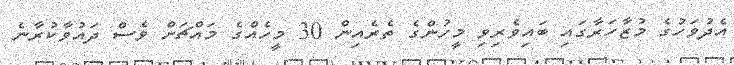
އެދުވަހުގެ މުޒާހަރާގައި ބައިވެރިވި މީހުންގެ ތެރެއިން 30 މީހެއްގެ މައްޗަށް ވެސް ދައުވާކުރާނެ